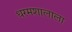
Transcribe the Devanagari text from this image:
धरमशालाला